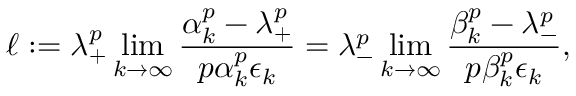
\ell : = \lambda _ { + } ^ { p } \operatorname* { l i m } _ { k \to \infty } \frac { \alpha _ { k } ^ { p } - \lambda _ { + } ^ { p } } { p \alpha _ { k } ^ { p } \epsilon _ { k } } = \lambda _ { - } ^ { p } \operatorname* { l i m } _ { k \to \infty } \frac { \beta _ { k } ^ { p } - \lambda _ { - } ^ { p } } { p \beta _ { k } ^ { p } \epsilon _ { k } } ,